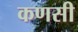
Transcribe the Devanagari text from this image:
कणसी